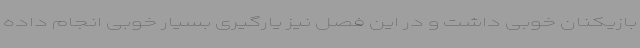
بازیکنان خوبی داشت و در این فصل نیز یارگیری بسیار خوبی انجام داده